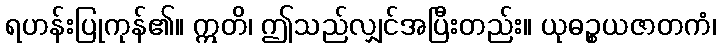
ရဟန်းပြုကုန်၏။ ဣတိ၊ ဤသည်လျှင်အပြီးတည်း။ ယုဓဉ္စယဇာတကံ၊